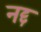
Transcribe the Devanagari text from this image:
नद्द